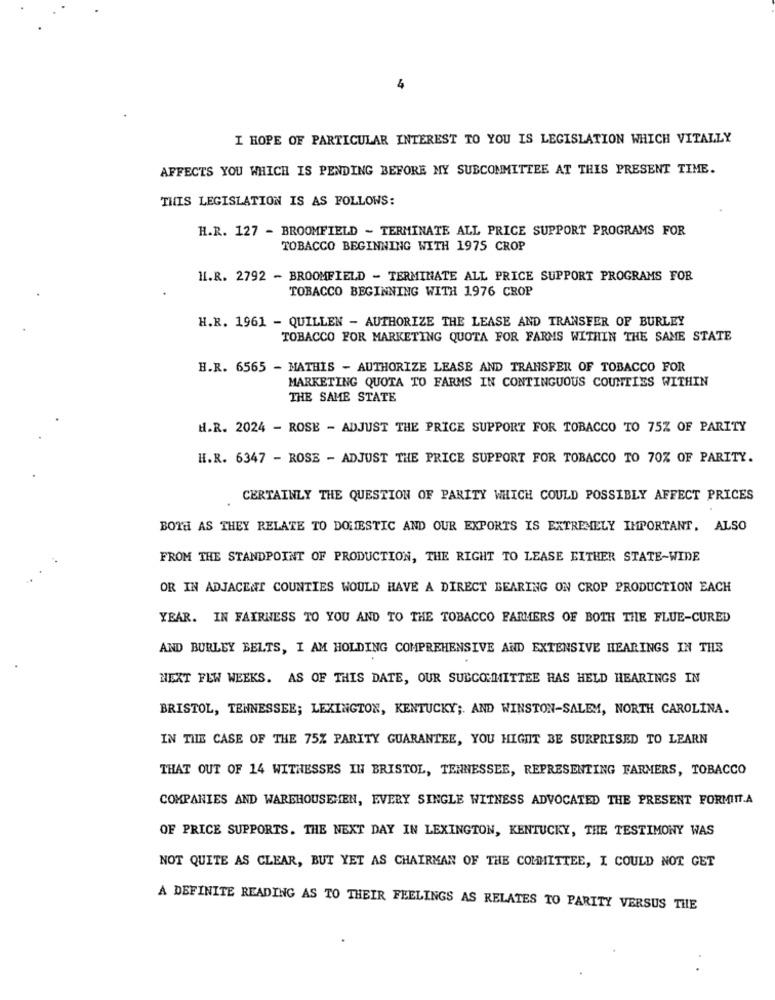
4
I HOPE OF PARTICULAR INTEREST TO YOU IS LEGISLATION WHICH VITALLY
AFFECTS YOU WHICH IS PENDING BEFORE MY SUBCOMMITTEE AT THIS PRESENT TIME.
THIS LEGISLATION IS AS FOLLOWS:
H.R. 127 - BROOMFIELD - TERMINATE ALL PRICE SUPPORT PROGRAMS FOR
TOBACCO BEGINNING WITH 1975 CROP
HI.R. 2792 - BROOMFIELD - TERMINATE ALL PRICE SUPPORT PROGRAMS FOR
TOBACCO BEGINNING WITH 1976 CROP
H.R. 1961 - QUILLEN - AUTHORIZE THE LEASE AND TRANSFER OF BURLEY
TOBACCO FOR MARKETING QUOTA FOR FARMS WITHIN THE SAME STATE
H.R. 6565 - MATHIS - AUTHORIZE LEASE AND TRANSFER OF TOBACCO FOR
MARKETING QUOTA TO FARMS IN CONTINGUOUS COUNTIES WITHIN
THE SAME STATE
H.R. 2024 - ROSE - ADJUST THE PRICE SUPPORT FOR TOBACCO TO 75% OF PARITY
H.R. 6347 - ROSE - ADJUST THE PRICE SUPPORT FOR TOBACCO TO 70% OF PARITY.
CERTAINLY THE QUESTION OF PARITY WHICH COULD POSSIBLY AFFECT PRICES
BOTH AS THEY RELATE TO DOMESTIC AND OUR EXPORTS IS EXTREMELY IMPORTANT. ALSO
FROM THE STANDPOINT OF PRODUCTION, THE RIGHT TO LEASE EITHER STATE-WIDE
OR IN ADJACENT COUNTIES WOULD HAVE A DIRECT BEARING ON CROP PRODUCTION EACH
YEAR. IN FAIRNESS TO YOU AND TO THE TOBACCO FARMERS OF BOTH THE FLUE-CURED
AND BURLEY BELTS, I AM HOLDING COMPREHENSIVE AND EXTENSIVE HEARINGS IN THE
NEXT FEW WEEKS. AS OF THIS DATE, OUR SUBCOMMITTEE HAS HELD HEARINGS IN
BRISTOL, TENNESSEE; LEXINGTON, KENTUCKY ;. AND WINSTON-SALEM, NORTH CAROLINA.
IN THE CASE OF THE 75% PARITY GUARANTEE, YOU HIGHT BE SURPRISED TO LEARN
THAT OUT OF 14 WITHESSES IN BRISTOL, TENNESSEE, REPRESENTING FARMERS, TOBACCO
COMPANIES AND WAREHOUSEHEN, EVERY SINGLE WITNESS ADVOCATED THE PRESENT FORMITT.A
OF PRICE SUPPORTS. THE NEXT DAY IN LEXINGTON, KENTUCKY, THE TESTIMONY WAS
NOT QUITE AS CLEAR, BUT YET AS CHAIRMAN OF THE COMMITTEE, I COULD NOT GET
A DEFINITE READING AS TO THEIR FEELINGS AS RELATES TO PARITY VERSUS THE